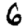
Digit: 6